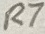
Text: R7